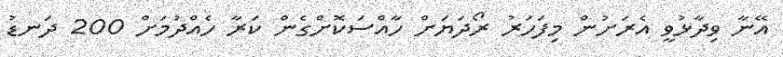
އޭނާ ވިދާޅުވީ އެރަށުން މިފަހަރު ރޯދަޔަށް ހާއްސަކޮށްގެން ކަރާ ހެއްދުމަށް 200 ދަނޑު